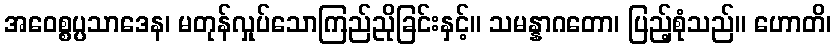
အဝေစ္စပ္ပသာဒေန၊ မတုန်လှုပ်သောကြည်ညိုခြင်းနှင့်။ သမန္နာဂတော၊ ပြည့်စုံသည်။ ဟောတိ၊